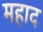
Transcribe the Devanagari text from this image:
महाद